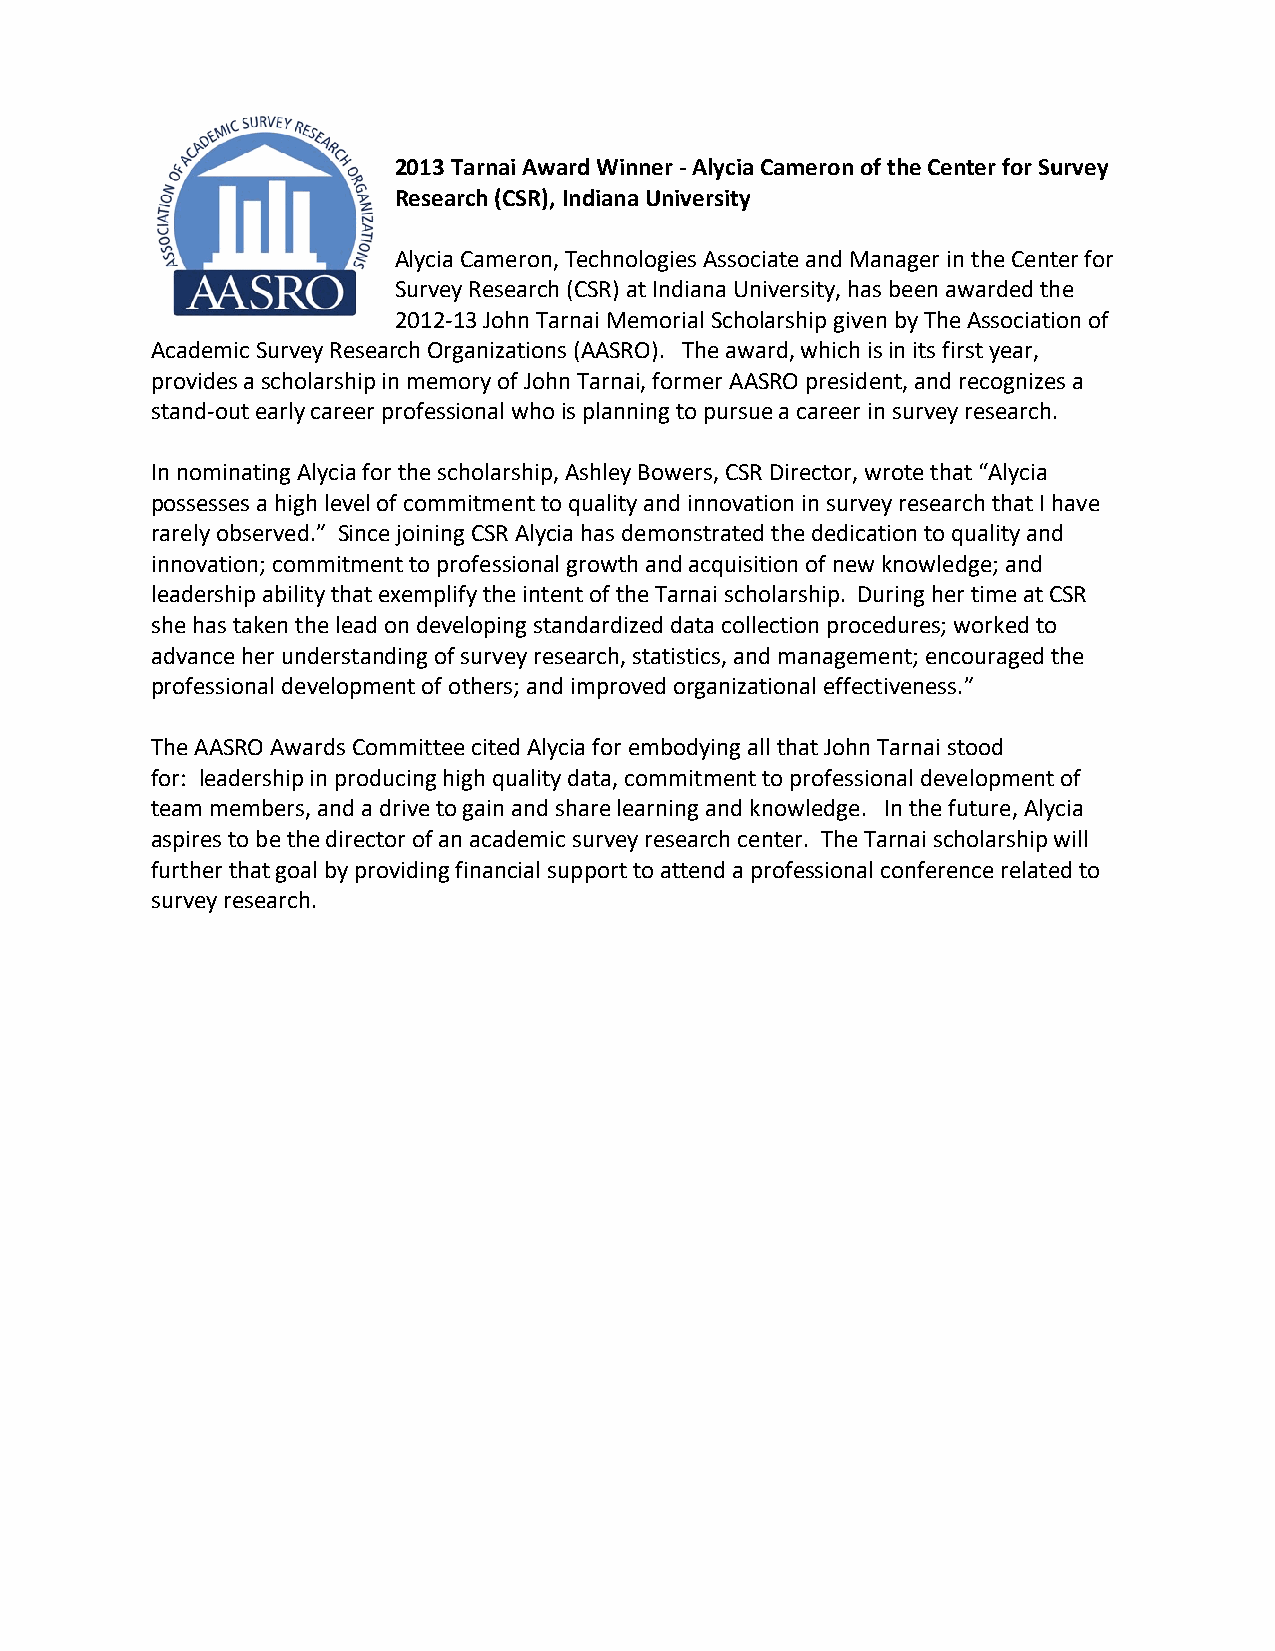
2013 Tarnai Award Winner - Alycia Cameron of the Center for Survey
 Research (CSR), Indiana University
 Alycia Cameron, Technologies Associate and Manager in the Center for
 Survey Research (CSR) at Indiana University, has been awarded the
 2012-13 John Tarnai Memorial Scholarship given by The Association of
 Academic Survey Research Organizations (AASRO). The award, which is in its first year,
 provides a scholarship in memory of John Tarnai, former AASRO president, and recognizes a
 stand-out early career professional who is planning to pursue a career in survey research.
 In nominating Alycia for the scholarship, Ashley Bowers, CSR Director, wrote that “Alycia
 possesses a high level of commitment to quality and innovation in survey research that I have
 rarely observed.” Since joining CSR Alycia has demonstrated the dedication to quality and
 innovation; commitment to professional growth and acquisition of new knowledge; and
 leadership ability that exemplify the intent of the Tarnai scholarship. During her time at CSR
 she has taken the lead on developing standardized data collection procedures; worked to
 advance her understanding of survey research, statistics, and management; encouraged the
 professional development of others; and improved organizational effectiveness.”
 The AASRO Awards Committee cited Alycia for embodying all that John Tarnai stood
 for: leadership in producing high quality data, commitment to professional development of
 team members, and a drive to gain and share learning and knowledge. In the future, Alycia
 aspires to be the director of an academic survey research center. The Tarnai scholarship will
 further that goal by providing financial support to attend a professional conference related to
 survey research.